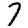
Digit: 7